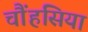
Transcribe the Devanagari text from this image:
चौंहसिया